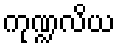
ကုဏ္ဍလိယ